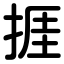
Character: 捱